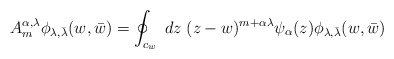
\begin{align*}A_m ^{\alpha,\lambda}\phi _{\lambda, \bar{\lambda}}(w,\bar{w})=\oint _{c_w}\;dz\;(z-w)^{m+\alpha\lambda}\psi _{\alpha}(z)\phi _{\lambda, \bar{\lambda}}(w,\bar{w})\end{align*}